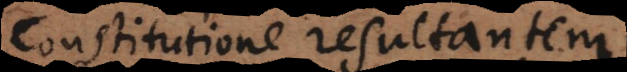
constitutione resultantem